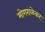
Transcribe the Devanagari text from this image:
मोगराळेकर